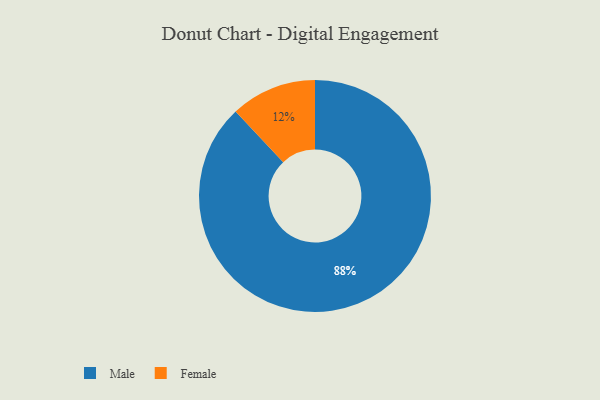
{"axis": {"x": "Category", "y": "Percentage"}, "legend": ["Female", "Male"], "data": [{"x": "Male", "y": 88, "type": "Male"}, {"x": "Female", "y": 12, "type": "Female"}]}